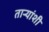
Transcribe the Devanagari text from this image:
ताऱ्यांशी